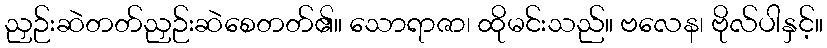
ညှဉ်းဆဲတတ်ညှဉ်းဆဲစေတတ်၏။ သောရာဇာ၊ ထိုမင်းသည်။ ဗလေန၊ ဗိုလ်ပါနှင့်။